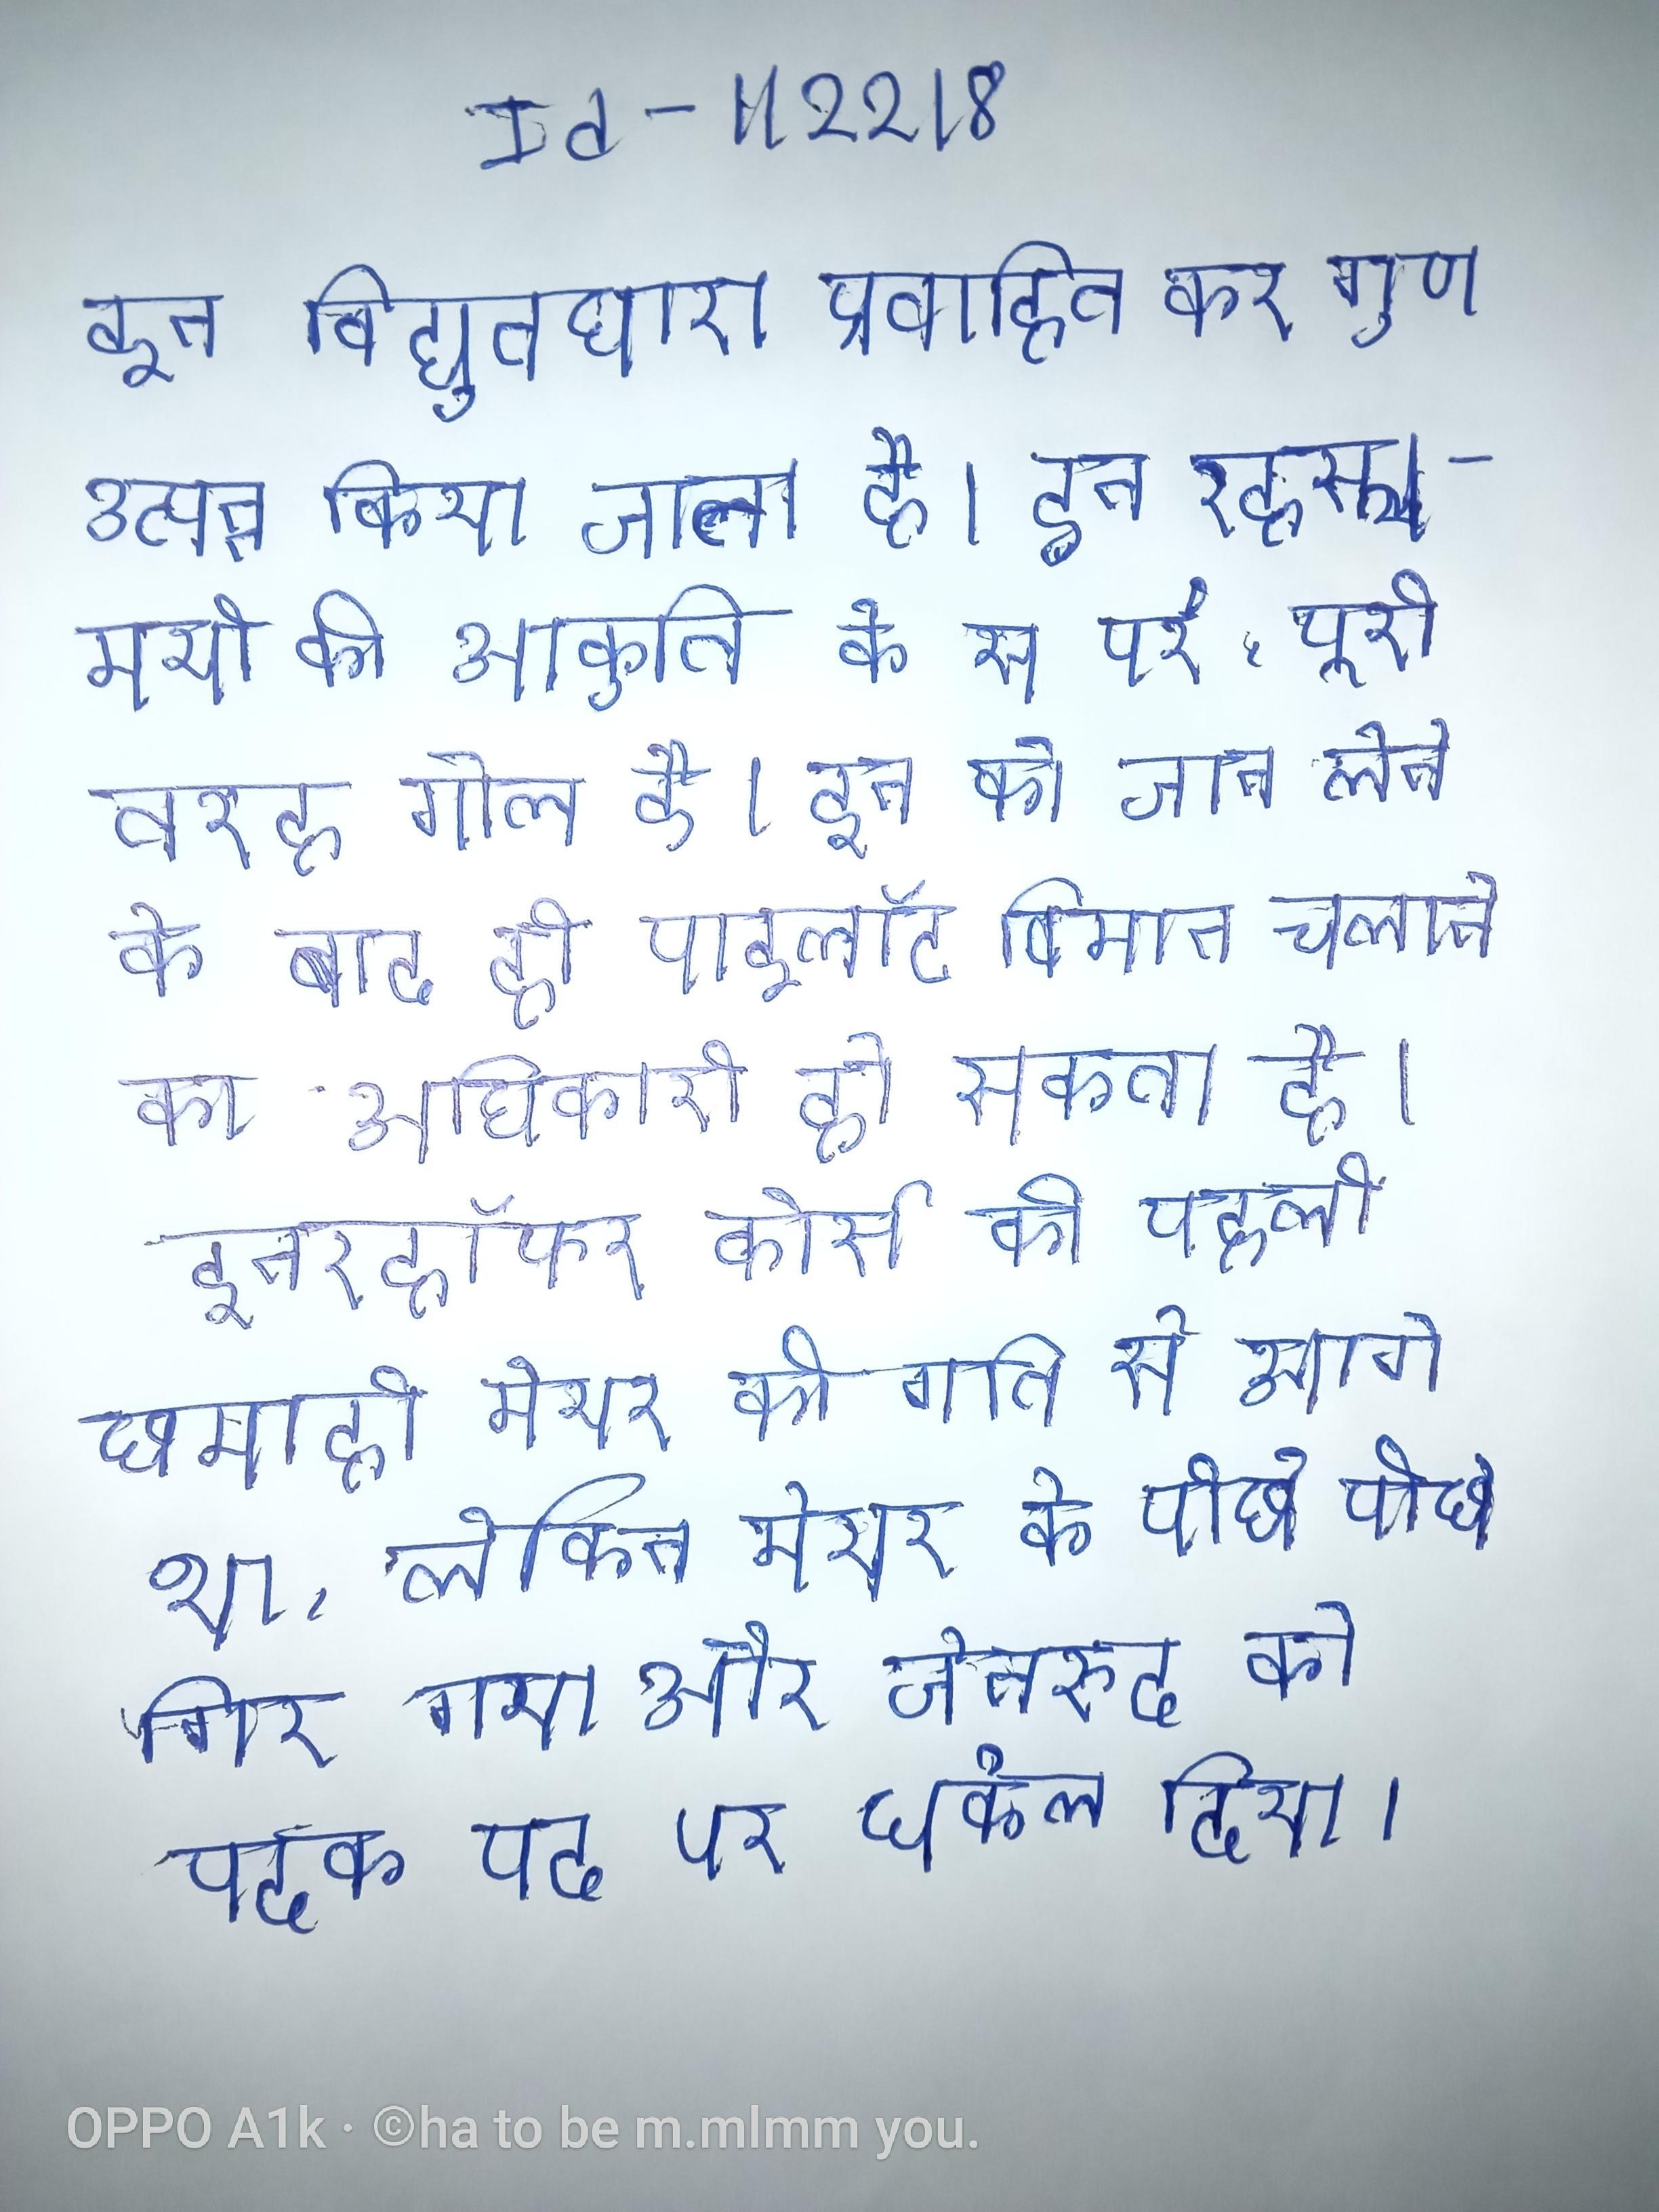
इन विद्युतधारा प्रवाहित कर गुण उत्पन्न किया जाता है । इन रहस्यमयी की आकृति के से परे, पूरी तरह गोल है । इन को जान लेने के बाद ही पाइलॉट विमान चलाने का अधिकारी हो सकता है । इनरहॉफर कोर्स की पहली छमाही मेयर की गति से आगे था, लेकिन मेयर के पीछे पीछे गिर गया और जेनरुद को पदक पद पर धकेल दिया ।